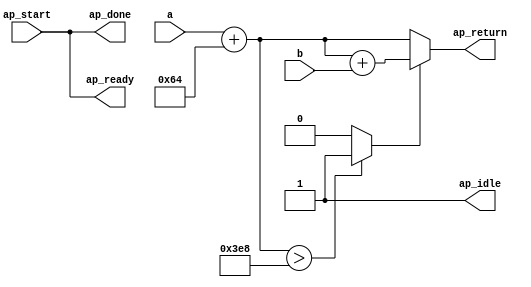
module calculate_4 (
        ap_start,
        ap_done,
        ap_idle,
        ap_ready,
        a,
        b,
        ap_return
);


input   ap_start;
output   ap_done;
output   ap_idle;
output   ap_ready;
input  [31:0] a;
input  [31:0] b;
output  [31:0] ap_return;

wire   [31:0] value_fu_30_p2;
wire   [0:0] tmp_fu_36_p2;
wire   [31:0] value_1_fu_42_p2;

assign ap_done = ap_start;

assign ap_idle = 1'b1;

assign ap_ready = ap_start;

assign ap_return = ((tmp_fu_36_p2_temp) ? value_1_fu_42_p2 : value_fu_30_p2);

assign tmp_fu_36_p2_temp = tmp_fu_36_p2 & 1'b1;

assign tmp_fu_36_p2 = (($signed(value_fu_30_p2) > $signed(32'd1000)) ? 1'd1 : 1'd0);

assign value_1_fu_42_p2 = (value_fu_30_p2 + b);

assign value_fu_30_p2 = (a + 32'd100);

endmodule